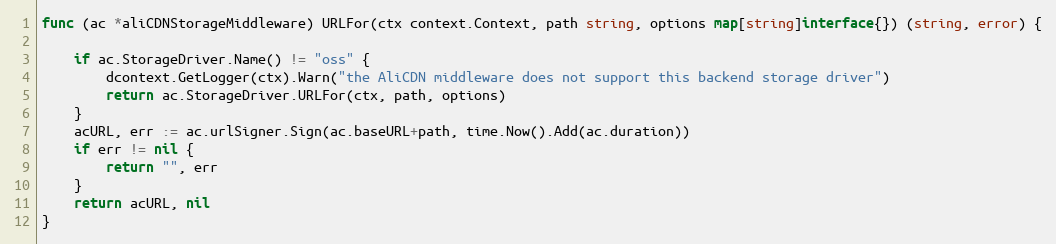
Language: Go
func (ac *aliCDNStorageMiddleware) URLFor(ctx context.Context, path string, options map[string]interface{}) (string, error) {

	if ac.StorageDriver.Name() != "oss" {
		dcontext.GetLogger(ctx).Warn("the AliCDN middleware does not support this backend storage driver")
		return ac.StorageDriver.URLFor(ctx, path, options)
	}
	acURL, err := ac.urlSigner.Sign(ac.baseURL+path, time.Now().Add(ac.duration))
	if err != nil {
		return "", err
	}
	return acURL, nil
}